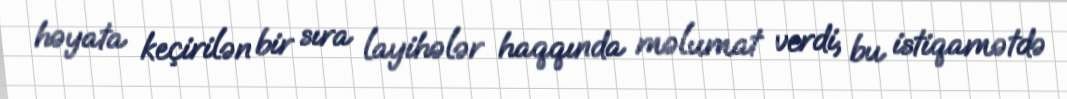
həyata keçirilən bir sıra layihələr haqqında məlumat verdi, bu istiqamətdə